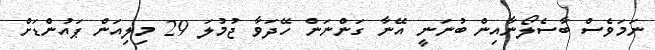
ނަމަވެސް ބާސެލޯނާއިން ބުނަނީ އޭނާ ގަންނަން ހޭދަވާ ޖުމުލަ 29 މިލިއަން ޕައުންޑަށް